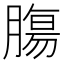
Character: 膓